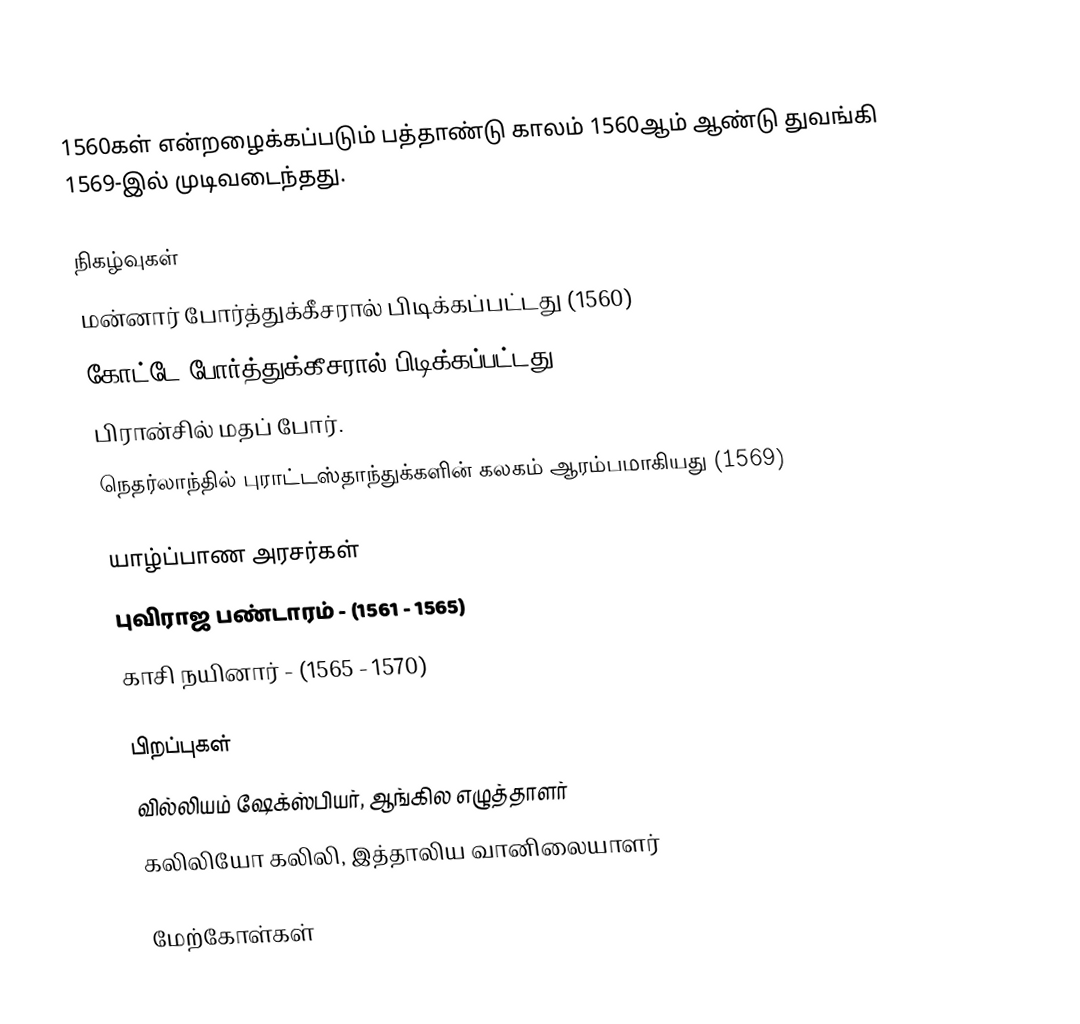
1560கள் என்றழைக்கப்படும் பத்தாண்டு காலம் 1560ஆம் ஆண்டு துவங்கி 1569-இல் முடிவடைந்தது.

நிகழ்வுகள்
 மன்னார் போர்த்துக்கீசரால் பிடிக்கப்பட்டது (1560)
 கோட்டே போர்த்துக்கீசரால் பிடிக்கப்பட்டது (1565)
 பிரான்சில் மதப் போர்.
 நெதர்லாந்தில் புராட்டஸ்தாந்துக்களின் கலகம் ஆரம்பமாகியது (1569)

யாழ்ப்பாண அரசர்கள்
 புவிராஜ பண்டாரம் - (1561 - 1565)
 காசி நயினார் - (1565 - 1570)

பிறப்புகள்
 வில்லியம் ஷேக்ஸ்பியர், ஆங்கில எழுத்தாளர்
 கலிலியோ கலிலி, இத்தாலிய வானிலையாளர்

மேற்கோள்கள்